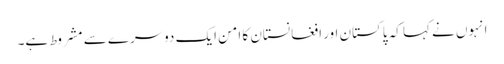
انہوں نے کہا کہ پاکستان اور افغانستان کا امن ایک دوسرے سے مشروط ہے۔